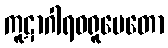
ကူဋာဂါရဝရူပေတော